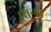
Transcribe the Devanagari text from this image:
।शुन्या